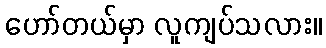
ဟော်တယ်မှာ လူကျပ်သလား။